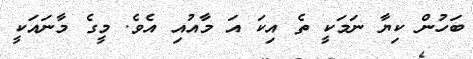
ބަހުން ކިޔާ ނަމަކީ ތެ އިކަ އަ މާއުއި އެވެ. މީގެ މާނައަކީ